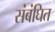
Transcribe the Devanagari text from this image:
संबंघित